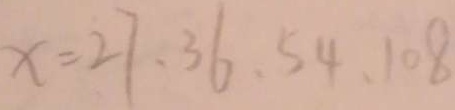
x = 2 7 、 3 6 、 5 4 、 1 0 8